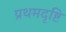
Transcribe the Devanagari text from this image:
प्रथमदृष्टि